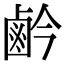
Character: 鹶